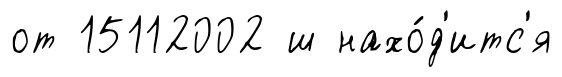
от 15112002 ш нахо́д'итс'я